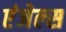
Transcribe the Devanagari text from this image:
एंजेल्‍स